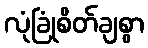
လုံခြုံစိတ်ချစွာ